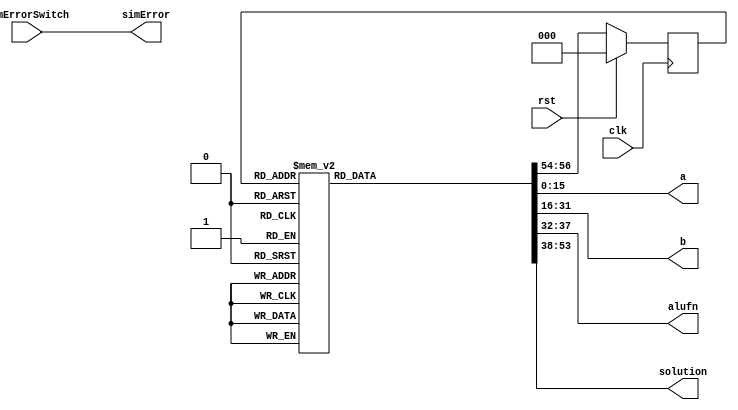
module autoTester_7 (
    input clk,
    input rst,
    input simErrorSwitch,
    output reg [15:0] a,
    output reg [15:0] b,
    output reg [5:0] alufn,
    output reg [15:0] solution,
    output reg simError
  );
  
  
  
  localparam A_ROM = 128'h000a0040000580172e2b000601000000;
  
  localparam B_ROM = 128'h00050018000400014563800501000004;
  
  localparam ALUFN_ROM = 48'h001823616cf5;
  
  localparam SOLUTION_ROM = 128'h000f00280050c00b0423800300010001;
  
  
  localparam TESTCASE1_testState = 3'd0;
  localparam TESTCASE2_testState = 3'd1;
  localparam TESTCASE3_testState = 3'd2;
  localparam TESTCASE4_testState = 3'd3;
  localparam TESTCASE5_testState = 3'd4;
  localparam TESTCASE6_testState = 3'd5;
  localparam TESTCASE7_testState = 3'd6;
  localparam TESTCASE8_testState = 3'd7;
  
  reg [2:0] M_testState_d, M_testState_q = TESTCASE1_testState;
  
  always @* begin
    M_testState_d = M_testState_q;
    
    a = 16'h0000;
    b = 16'h0000;
    alufn = 6'h00;
    solution = 16'h0000;
    simError = simErrorSwitch;
    
    case (M_testState_q)
      TESTCASE1_testState: begin
        a = 16'h0000;
        b = 16'h0004;
        alufn = 6'h35;
        solution = 16'h0001;
        M_testState_d = TESTCASE2_testState;
      end
      TESTCASE2_testState: begin
        a = 16'h0100;
        b = 16'h0100;
        alufn = 6'h33;
        solution = 16'h0001;
        M_testState_d = TESTCASE3_testState;
      end
      TESTCASE3_testState: begin
        a = 16'h0006;
        b = 16'h8005;
        alufn = 6'h16;
        solution = 16'h8003;
        M_testState_d = TESTCASE4_testState;
      end
      TESTCASE4_testState: begin
        a = 16'h2e2b;
        b = 16'h4563;
        alufn = 6'h18;
        solution = 16'h0423;
        M_testState_d = TESTCASE5_testState;
      end
      TESTCASE5_testState: begin
        a = 16'h8017;
        b = 16'h0001;
        alufn = 6'h23;
        solution = 16'hc00b;
        M_testState_d = TESTCASE6_testState;
      end
      TESTCASE6_testState: begin
        a = 16'h0005;
        b = 16'h0004;
        alufn = 6'h20;
        solution = 16'h0050;
        M_testState_d = TESTCASE7_testState;
      end
      TESTCASE7_testState: begin
        a = 16'h0040;
        b = 16'h0018;
        alufn = 6'h01;
        solution = 16'h0028;
        M_testState_d = TESTCASE8_testState;
      end
      TESTCASE8_testState: begin
        a = 16'h000a;
        b = 16'h0005;
        alufn = 6'h00;
        solution = 16'h000f;
        M_testState_d = TESTCASE1_testState;
      end
    endcase
  end
  
  always @(posedge clk) begin
    if (rst == 1'b1) begin
      M_testState_q <= 1'h0;
    end else begin
      M_testState_q <= M_testState_d;
    end
  end
  
endmodule